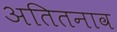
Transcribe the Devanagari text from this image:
अतितनाव